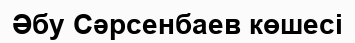
Әбу Сәрсенбаев көшесі